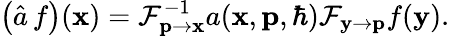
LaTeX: \left(\hat{a}\, f\right)(\mathbf{x})=\mathcal{F}_{\mathbf{p}\to\mathbf{x}}^{-1}a(\mathbf{x},\mathbf{p},\hbar)\mathcal{F}_{\mathbf{y}\to\mathbf{p}}f(\mathbf{y}).